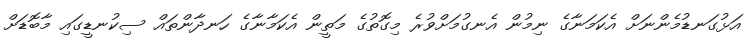
އަޅުގަނޑުމެންނަށް އެކަމަނާގެ ނިމުން އެނގުމަށްވުރެ މިގޮތުގެ މަތީން އެކަމާނާގެ ހަނދާންތައް ސިކުނޑީގައި މާބޮޑަށް